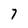
Character: 7